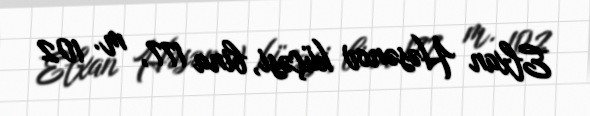
Elxan Həsənov küçəsi, bina 177, m. 102